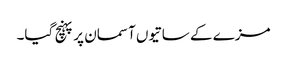
مزے کے ساتیوں آسمان پر پہنچ گیا۔